DOW-UAP-D49, Launch Summary, Vandenberg AFB, 2000
Agency: Department of War
Incident date: 2/3/00
Page 96
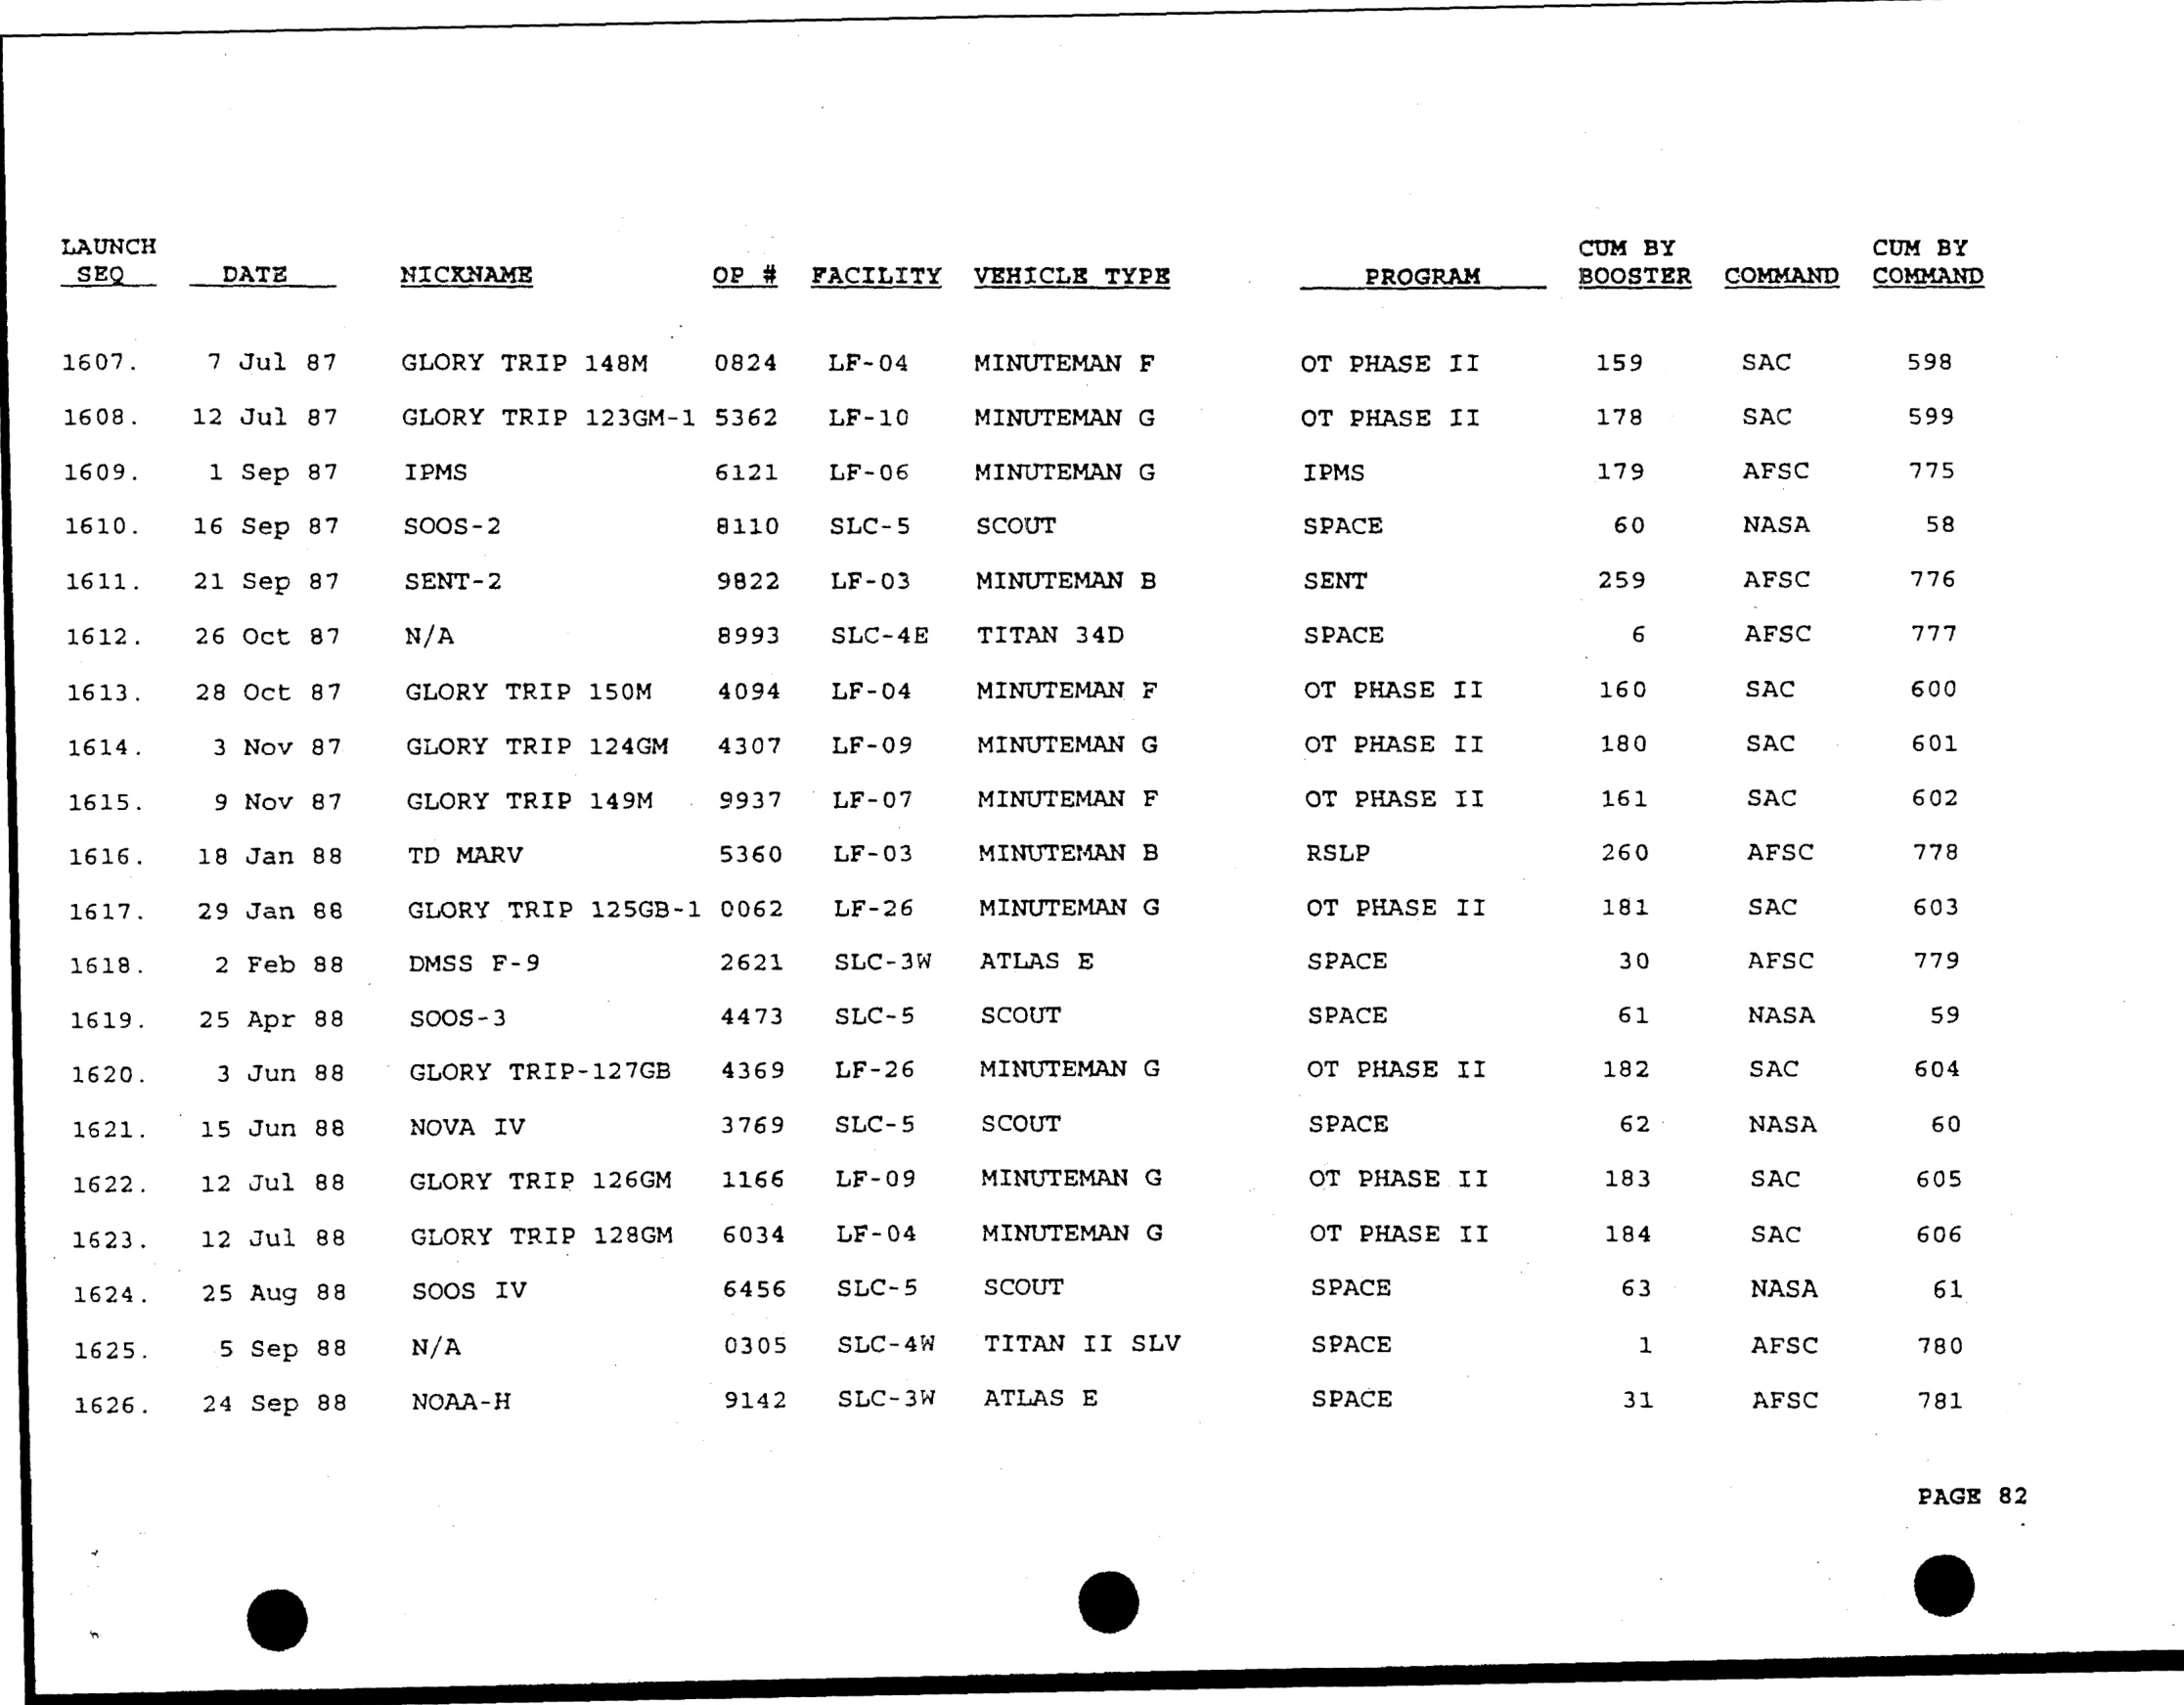